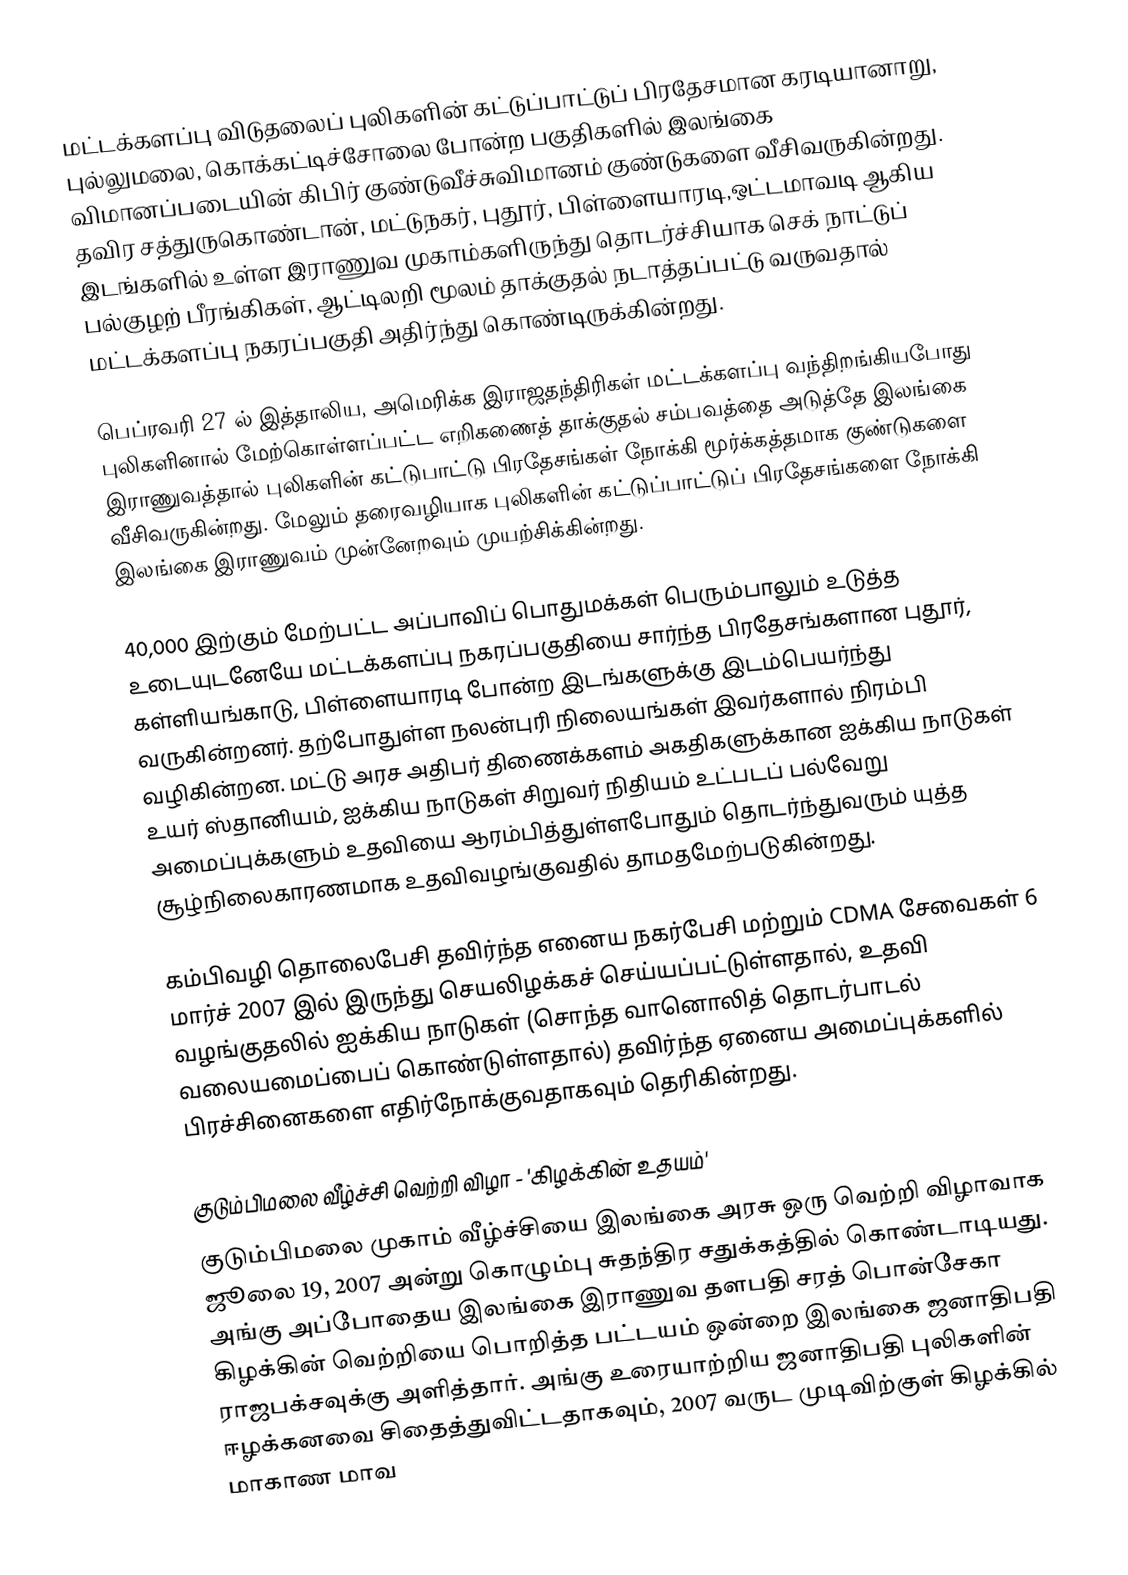
மட்டக்களப்பு விடுதலைப் புலிகளின் கட்டுப்பாட்டுப் பிரதேசமான கரடியானாறு, புல்லுமலை, கொக்கட்டிச்சோலை போன்ற பகுதிகளில் இலங்கை விமானப்படையின் கிபிர் குண்டுவீச்சுவிமானம் குண்டுகளை வீசிவருகின்றது. தவிர சத்துருகொண்டான், மட்டுநகர், புதூர், பிள்ளையாரடி,ஒட்டமாவடி ஆகிய இடங்களில் உள்ள இராணுவ முகாம்களிருந்து தொடர்ச்சியாக செக் நாட்டுப் பல்குழற் பீரங்கிகள், ஆட்டிலறி மூலம்  தாக்குதல் நடாத்தப்பட்டு வருவதால் மட்டக்களப்பு நகரப்பகுதி அதிர்ந்து கொண்டிருக்கின்றது.

பெப்ரவரி 27 ல் இத்தாலிய, அமெரிக்க இராஜதந்திரிகள் மட்டக்களப்பு வந்திறங்கியபோது புலிகளினால் மேற்கொள்ளப்பட்ட எறிகணைத் தாக்குதல் சம்பவத்தை அடுத்தே இலங்கை இராணுவத்தால் புலிகளின் கட்டுபாட்டு பிரதேசங்கள் நோக்கி மூர்க்கத்தமாக குண்டுகளை வீசிவருகின்றது. மேலும் தரைவழியாக புலிகளின் கட்டுப்பாட்டுப் பிரதேசங்களை நோக்கி இலங்கை இராணுவம் முன்னேறவும் முயற்சிக்கின்றது.

40,000 இற்கும் மேற்பட்ட அப்பாவிப் பொதுமக்கள் பெரும்பாலும் உடுத்த உடையுடனேயே மட்டக்களப்பு நகரப்பகுதியை சார்ந்த பிரதேசங்களான புதூர், கள்ளியங்காடு, பிள்ளையாரடி போன்ற இடங்களுக்கு இடம்பெயர்ந்து வருகின்றனர். தற்போதுள்ள நலன்புரி நிலையங்கள் இவர்களால் நிரம்பி வழிகின்றன. மட்டு அரச அதிபர் திணைக்களம் அகதிகளுக்கான ஐக்கிய நாடுகள் உயர் ஸ்தானியம், ஐக்கிய நாடுகள் சிறுவர் நிதியம் உட்படப் பல்வேறு அமைப்புக்களும் உதவியை ஆரம்பித்துள்ளபோதும் தொடர்ந்துவரும் யுத்த சூழ்நிலைகாரணமாக உதவிவழங்குவதில் தாமதமேற்படுகின்றது.

கம்பிவழி தொலைபேசி தவிர்ந்த எனைய நகர்பேசி மற்றும் CDMA சேவைகள் 6 மார்ச் 2007 இல் இருந்து செயலிழக்கச் செய்யப்பட்டுள்ளதால், உதவி வழங்குதலில் ஐக்கிய நாடுகள் (சொந்த வானொலித் தொடர்பாடல் வலையமைப்பைப் கொண்டுள்ளதால்) தவிர்ந்த ஏனைய அமைப்புக்களில் பிரச்சினைகளை எதிர்நோக்குவதாகவும் தெரிகின்றது.

குடும்பிமலை வீழ்ச்சி வெற்றி விழா - 'கிழக்கின் உதயம்'
குடும்பிமலை முகாம் வீழ்ச்சியை இலங்கை அரசு ஒரு வெற்றி விழாவாக ஜூலை 19, 2007 அன்று கொழும்பு சுதந்திர சதுக்கத்தில் கொண்டாடியது. அங்கு அப்போதைய இலங்கை இராணுவ தளபதி சரத் பொன்சேகா கிழக்கின் வெற்றியை பொறித்த பட்டயம் ஒன்றை இலங்கை ஜனாதிபதி ராஜபக்சவுக்கு அளித்தார். அங்கு உரையாற்றிய ஜனாதிபதி புலிகளின் ஈழக்கனவை சிதைத்துவிட்டதாகவும், 2007 வருட முடிவிற்குள் கிழக்கில் மாகாண மாவ